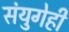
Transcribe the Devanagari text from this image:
संयुगेही